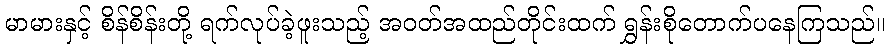
မာမားနှင့် စိန်စိန်းတို့ ရက်လုပ်ခဲ့ဖူးသည့် အဝတ်အထည်တိုင်းထက် ရွှန်းစိုတောက်ပနေကြသည်။